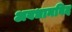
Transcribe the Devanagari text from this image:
अवधानविद